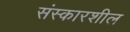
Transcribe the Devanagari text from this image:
संस्कारशील